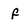
Character: f